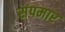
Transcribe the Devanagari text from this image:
संपमार